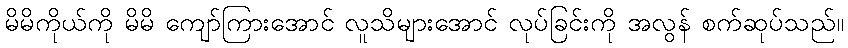
မိမိကိုယ်ကို မိမိ ကျော်ကြားအောင် လူသိများအောင် လုပ်ခြင်းကို အလွန် စက်ဆုပ်သည်။